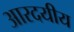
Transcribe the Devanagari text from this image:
आरदयीय